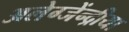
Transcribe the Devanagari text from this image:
अलेग्जेंन्द्रीया